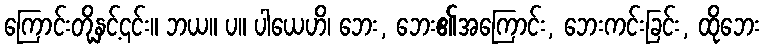
ကြောင်းတို့နှင့်၎င်း။ ဘယ။ ပ။ ပါယေဟိ၊ ဘေး, ဘေး၏အကြောင်း, ဘေးကင်းခြင်း, ထိုဘေး